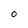
Character: O